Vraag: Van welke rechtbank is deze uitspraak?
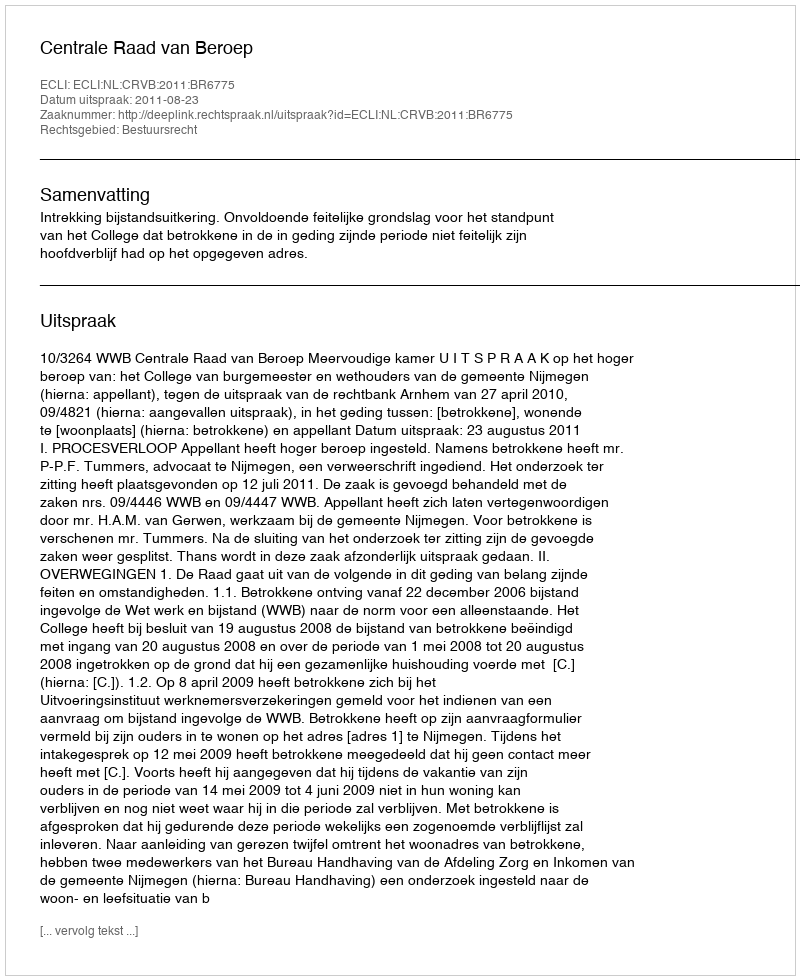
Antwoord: Centrale Raad van Beroep